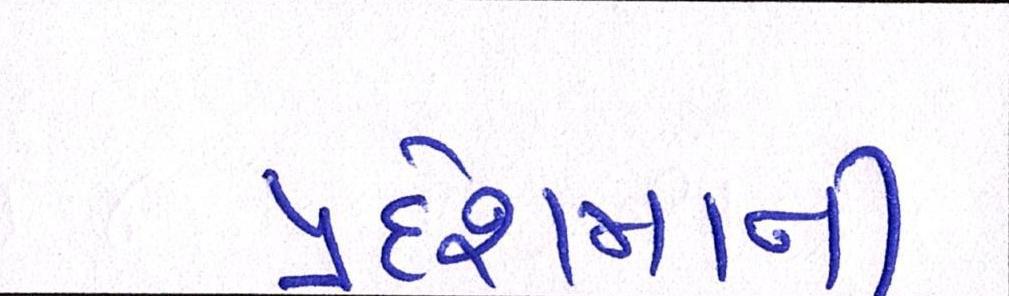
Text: પ્રદેશમાંની